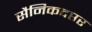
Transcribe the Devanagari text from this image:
सैनिकदप्तर